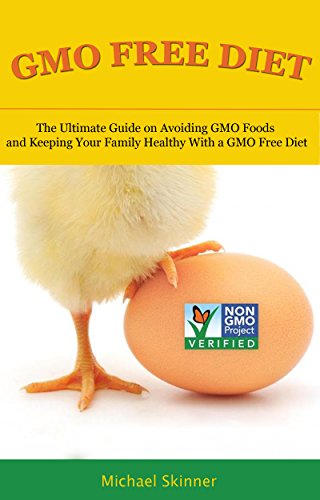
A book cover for GMO Free Diet: The Ultimate Guide on Avoiding GMO Foods and keeping Your Family Healthy with a GMO Free Diet (GMO, Non GMO Diet, Non GMO Foods, Genetically Engineered Foods, Monsanto); Michael Skinner; Health, Fitness & Dieting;